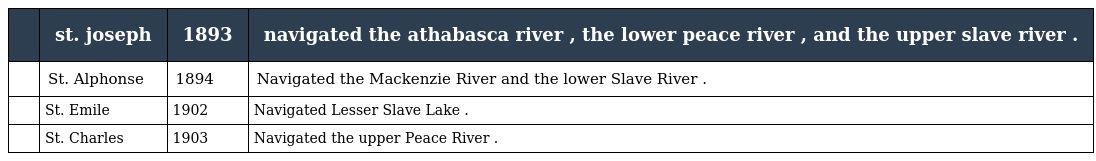
|  | st. joseph | 1893 | navigated the athabasca river , the lower peace river , and the upper slave river . |
 | --- | --- | --- | --- |
 |  | St. Alphonse | 1894 | Navigated the Mackenzie River and the lower Slave River . |
 |  | St. Emile | 1902 | Navigated Lesser Slave Lake . |
 |  | St. Charles | 1903 | Navigated the upper Peace River . |